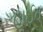
હાઈવ